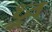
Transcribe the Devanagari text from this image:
ध्र्रूव